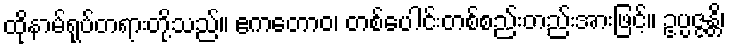
ထိုနာမ်ရုပ်တရားတို့သည်။ ဧကတောဝ၊ တစ်ပေါင်းတစ်စည်းတည်းအားဖြင့်။ ဥပ္ပဇ္ဇန္တိ၊